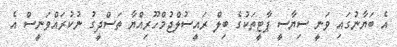
އެ ބަޔާނުގައި ވަނީ ސިޔާސީ ޕާޓީތަކުގެ ބިލް ރައީސުލްޖުމްހޫރިއްޔާ ތަސްދީގު ނުކުރައްވަނީސް އެ